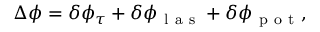
\Delta \phi = \delta \phi _ { \tau } + \delta \phi _ { \mathrm { ~ l ~ a ~ s ~ } } + \delta \phi _ { \mathrm { ~ p ~ o ~ t ~ } } ,